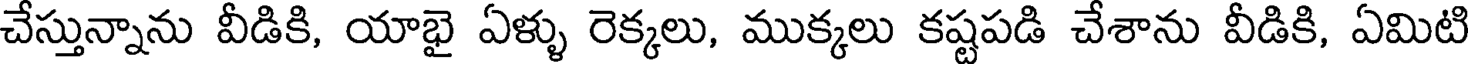
చేస్తున్నాను వీడికి, యాభై ఏళ్ళు రెక్కలు, ముక్కలు కష్టపడి చేశాను వీడికి, ఏమిటి